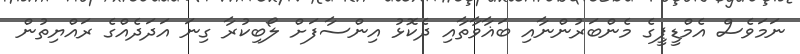
ނަމަވެސް އެމްޑީޕީގެ މެންބަރުންނާއި ބަޣާވާތާއި ދެކޮޅު އިންސާފަށް ލޯބިކުރާ ގިނަ އަދަދެއްގެ ރައްޔިތުން